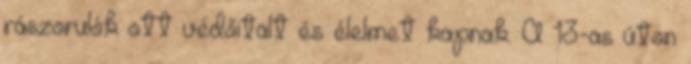
rászorulók ott védőitalt és élelmet kapnak. A 13-as úton